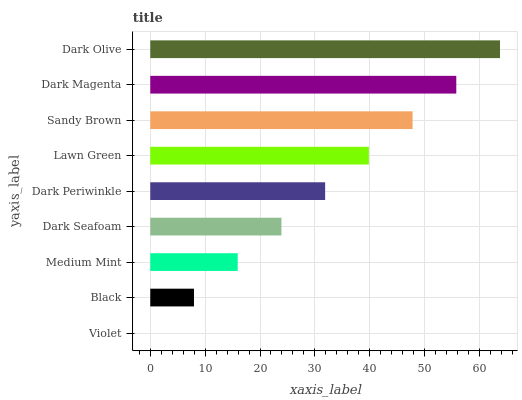
| yaxis_label | bars |
 | --- | --- |
 | Violet | 0 |
 | Black | 7.97 |
 | Medium Mint | 15.9 |
 | Dark Seafoam | 23.9 |
 | Dark Periwinkle | 31.9 |
 | Lawn Green | 39.8 |
 | Sandy Brown | 47.8 |
 | Dark Magenta | 55.8 |
 | Dark Olive | 63.7 |